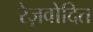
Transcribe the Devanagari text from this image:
रेज़वोदित